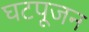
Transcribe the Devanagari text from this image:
घटपूजन